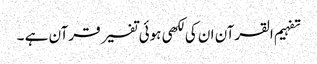
تفہیم القرآن ان کی لکھی ہوئی تفسیر قرآن ہے ۔